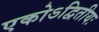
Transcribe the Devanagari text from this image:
एकोऽद्वितीयः